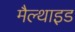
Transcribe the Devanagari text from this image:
मैल्थाइड